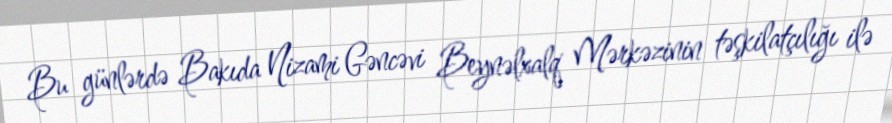
Bu günlərdə Bakıda Nizami Gəncəvi Beynəlxalq Mərkəzinin təşkilatçılığı ilə